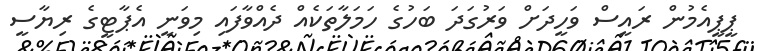
ޕީޕީއެމުން ރައީސް ވަހީދަށް ވަރުގަދަ ބަހުގެ ހަމަލާތަކެއް ދެއްވާފައި މިވަނީ އެޕާޓީގެ ރިޔާސީ